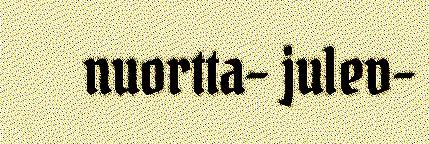
nuortta- julev-